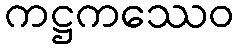
ကဋ္ဌကဿေဝ